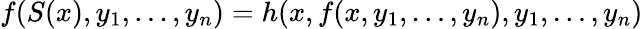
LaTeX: f(S(x),y_{1},\ldots,y_{n})=h(x,f(x,y_{1},\ldots,y_{n}),y_{1},\ldots,y_{n})